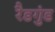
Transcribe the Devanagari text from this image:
रैडगुंड